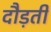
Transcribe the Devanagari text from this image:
दौड़तीं